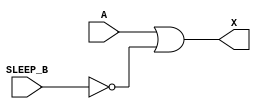
module sky130_fd_sc_hd__lpflow_inputiso1n (
    X      ,
    A      ,
    SLEEP_B
);

    // Module ports
    output X      ;
    input  A      ;
    input  SLEEP_B;

    // Module supplies
    supply1 VPWR;
    supply0 VGND;
    supply1 VPB ;
    supply0 VNB ;

    // Local signals
    wire SLEEP;

    //  Name  Output  Other arguments
    not not0 (SLEEP , SLEEP_B        );
    or  or0  (X     , A, SLEEP       );

endmodule